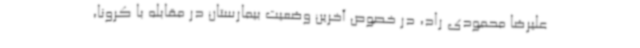
علیرضا محمودی راد، در خصوص آخرین وضعیت بیمارستان در مقابله با کرونا،